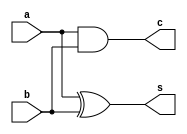
`timescale 1ns / 1ps

module HA(
    input a,b,
    output s,c
    );
    
    xor x1(s,a,b);
    and a1(c,a,b);
    
endmodule

module FA_Using_HA(
    input A,B,C,
    output Sum,Carry
    );
    wire s1,c1,c2;
    
    HA h1(A,B,s1,c1);
    HA h2(s1,C,Sum,c2);
    
    assign Carry = c1 | c2;

endmodule

`timescale 1ns / 1ps